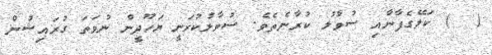
(  ) ކަލޭގެފާނާއި ސުވާލު ކުރާނެތެވެ. ސުވާލުކުރަނީ ޔަހޫދީން ނުވަތަ ގުރައިޝުން